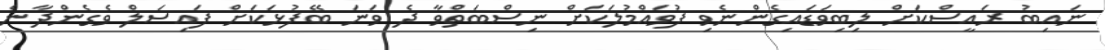
ނައިބު ރައީސްކަށް ލިބިވަޑައިގެންނެވި ފުވައްމުލަކަށް ނިސްބަތްވާ ދެ ވަނަ ބޭފުޅަކަށް ފައިސަލް ވެގެންދާނެ